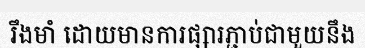
រឹងមាំ ដោយមានការផ្សារភ្ជាប់ជាមួយនឹង